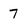
Character: 7